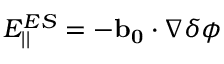
E _ { | | } ^ { E S } = - \mathbf { b _ { 0 } } \cdot \nabla \delta \phi